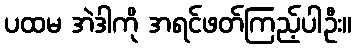
ပထမ အဲဒါကို အရင်ဖတ်ကြည့်ပါဦး။